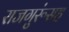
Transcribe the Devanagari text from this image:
राजगुरूंसह